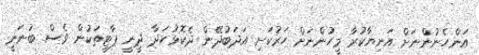
އަންހެނުންނަށް އަނިޔާކުރާ މީހުންނަށް ހަރުކަށި އަދަބުދޭން ދެކޮޅުހަދާ ދީނީ ޕާޓީތަކުން ވެސް ބުނަނީ